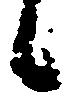
候